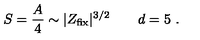
S = { \frac { A } { 4 } } \sim | Z _ { \mathrm { f i x } } | ^ { 3 / 2 } \qquad d = 5 \ .